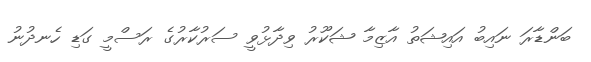
ބަންޑާރަ ނައިބު އައިޝަތު އާޒިމާ ޝަކޫރު ވިދާޅުވީ ސަރުކާރުގެ ރަސްމީ ގަޑި ހެނދުނު